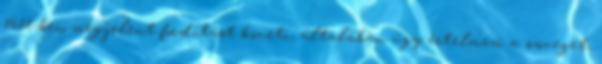
1611-ben megjelent fordítást követi, általában úgy értelmezi a szöveget,